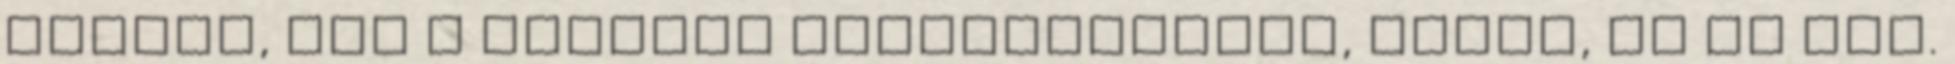
ideges, nem a legjobb tulajdonságom, tudom, de ez van.